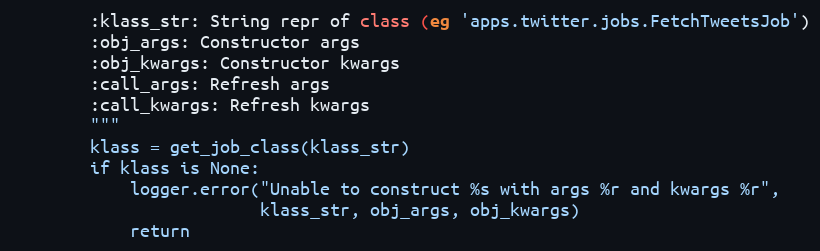
Language: Python
        :klass_str: String repr of class (eg 'apps.twitter.jobs.FetchTweetsJob')
        :obj_args: Constructor args
        :obj_kwargs: Constructor kwargs
        :call_args: Refresh args
        :call_kwargs: Refresh kwargs
        """
        klass = get_job_class(klass_str)
        if klass is None:
            logger.error("Unable to construct %s with args %r and kwargs %r",
                         klass_str, obj_args, obj_kwargs)
            return